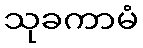
သုခကာမံ